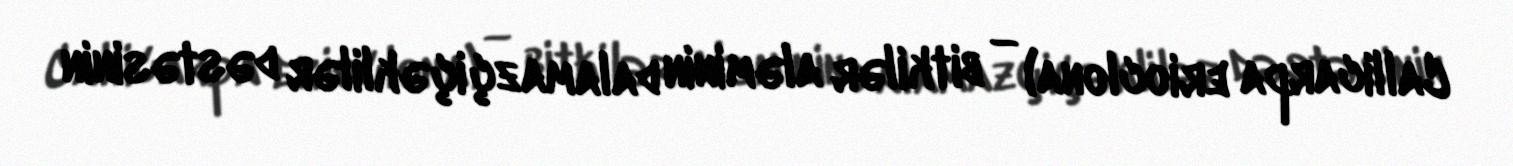
Callicarpa erioclona) — bitkilər aləminin dalamazçiçəklilər dəstəsinin